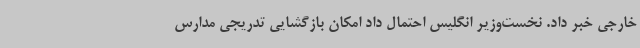
خارجی خبر داد. نخست‌وزیر انگلیس احتمال داد امکان بازگشایی تدریجی مدارس